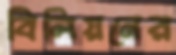
বিলিয়নের